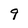
Character: 9